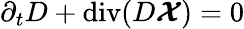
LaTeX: \partial_{t}D+\operatorname{div}(D\boldsymbol{\cal X})=0